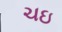
ચઇ